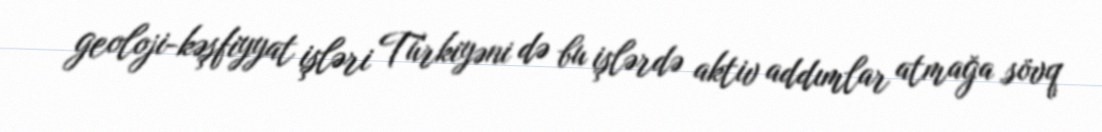
geoloji-kəşfiyyat işləri Türkiyəni də bu işlərdə aktiv addımlar atmağa sövq